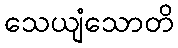
သေယျံသောတိ